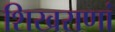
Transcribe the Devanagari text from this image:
शिखराणां